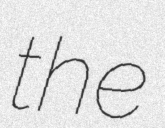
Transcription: the